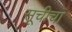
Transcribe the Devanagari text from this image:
सूचीचा